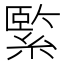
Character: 𦃂